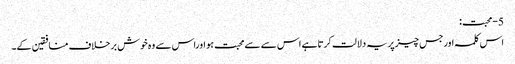
5-محبت:
اس کلمہ اورجس چیزپریہ دلالت کرتاہے اس سے سےمحبت ہو اوراس سے وہ خوش برخلاف منافقین کے۔